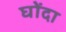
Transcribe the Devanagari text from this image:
घोंदा